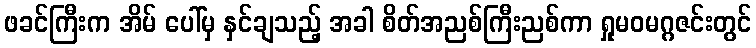
ဖခင်ကြီးက အိမ် ပေါ်မှ နှင်ချသည့် အခါ စိတ်အညစ်ကြီးညစ်ကာ ရှုမဝမဂ္ဂဇင်းတွင်